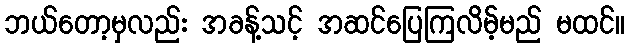
ဘယ်တော့မှလည်း အခန့်သင့် အဆင်ပြေကြလိမ့်မည် မထင်။